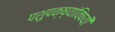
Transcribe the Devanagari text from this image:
पशुपक्ष्यांविषयी